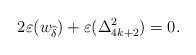
LaTeX: \begin{align*}2\varepsilon(w_{\widehat{\delta}})+\varepsilon(\Delta_{4k+2}^2)=0.\end{align*}